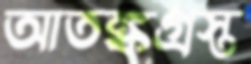
আতঙ্কগ্রস্ত